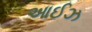
આઈઝ